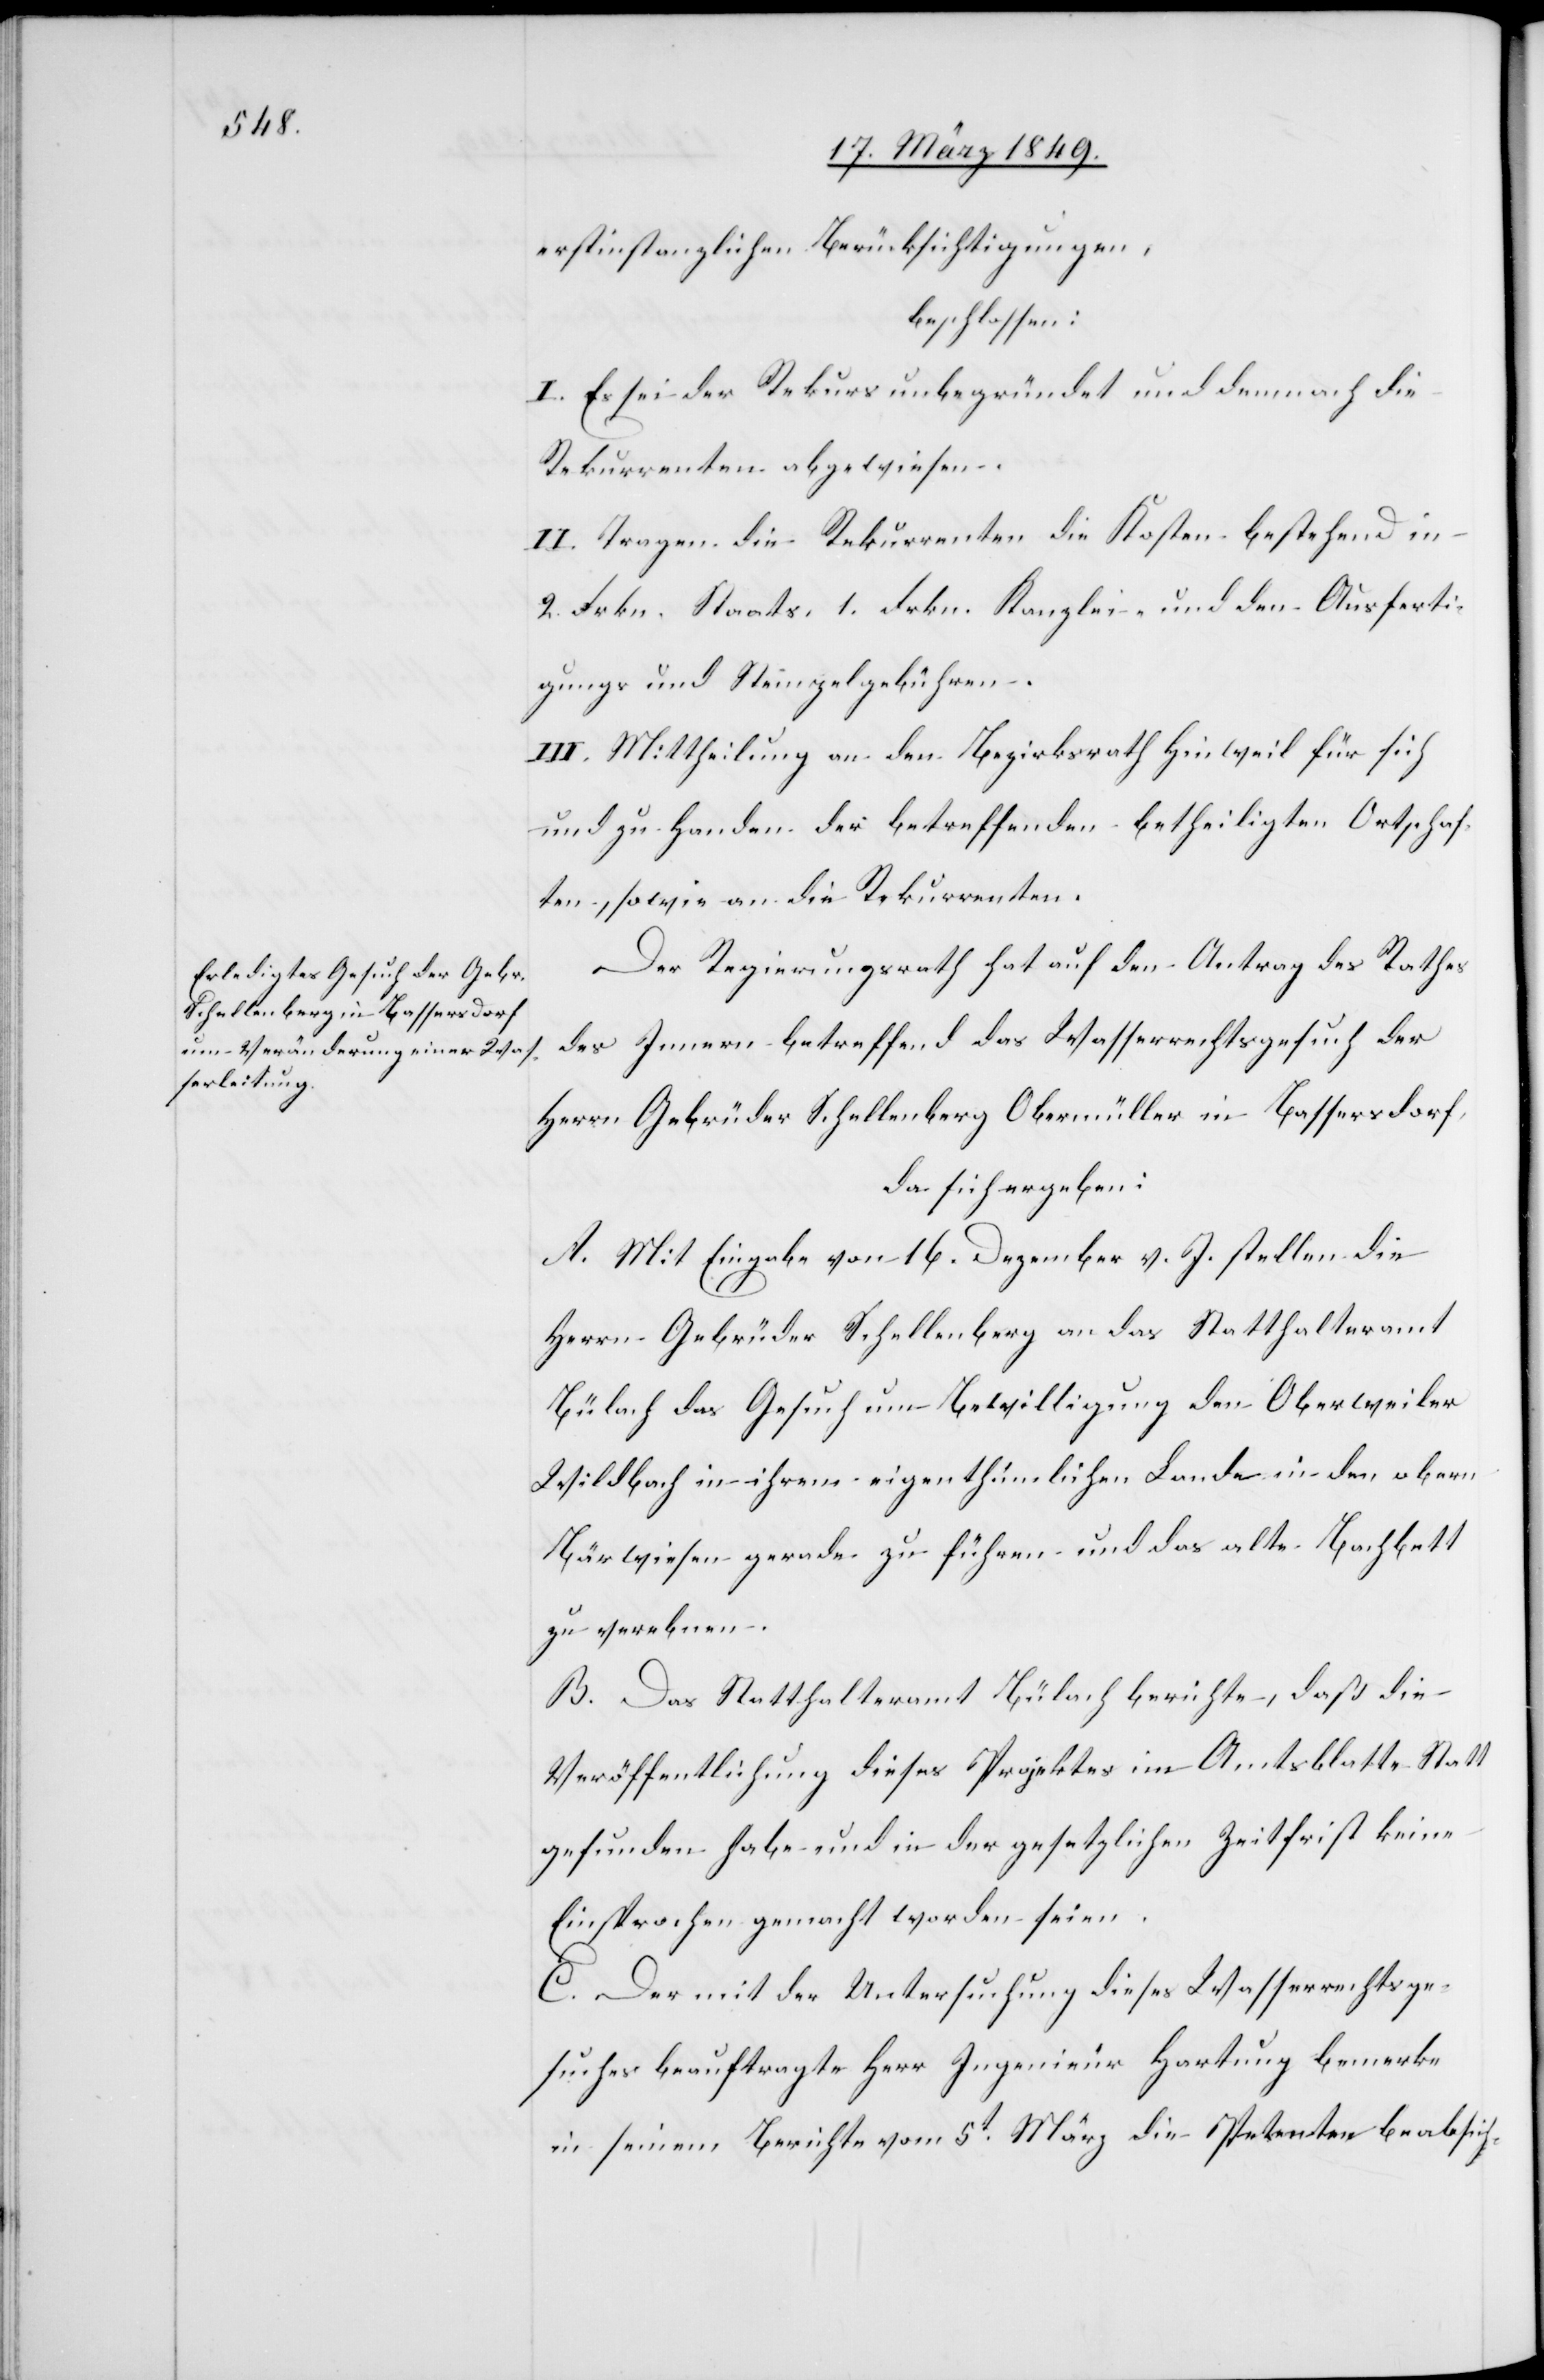
erstinstanzlichen Berücksichtigungen,
beschlossen:
I. Es sei der Rekurs unbegründet und demnach die
Rekurrenten abgewiesen.
II. Tragen die Rekurrenten die Kosten bestehend in
2. Frkn. Staats- 1. Frkn. Kanzlei- und den Ausferti¬
gungs und Stempelgebühren.
III. Mittheilung an den Bezirksrath Hinweil für sich
und zu Handen der betreffenden betheiligten Ortschaf¬
ten, sowie an die Rekurrenten.
Der Regierungsrath hat auf den Antrag des Rathes
des Innern betreffend das Wasserrechtsgesuch der
Herrn Gebrüder Schellenberg Obermüller in Bassersdorf
da sich ergeben:
A. Mit Eingabe von [sic!] 16. Dezember v. J. stellen die
Herrn Gebrüder Schellenberg an das Statthalteramt
Bülach das Gesuch um Bewilligung den Oberweiler
Wildbach in ihrem eigenthümlichen Lande in den obern
Bärwiesen gerade zu führen und das alte Bachbett
zu verebnen.
B. Das Statthalteramt Bülach berichte, daß die
Veröffentlichung dieses Projektes im Amtsblatte Statt
gefunden habe und in der gesetzlichen Zeitfrist keine
Einsprachen gemacht worden seien.
C. Der mit der Untersuchung dieses Wasserrechtsge¬
suches beauftragte Herr Ingenieur Hartung bemerke
in seinem Berichte vom 5t. März die Petenten beabsich-